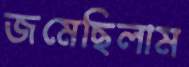
জমেছিলাম